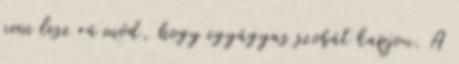
nem lesz rá mód, hogy egyágyas szobát kapjon. A